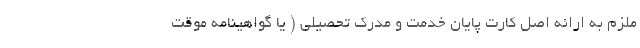
ملزم به ارائه اصل کارت پایان خدمت و مدرک تحصیلی ( یا گواهینامه موقت